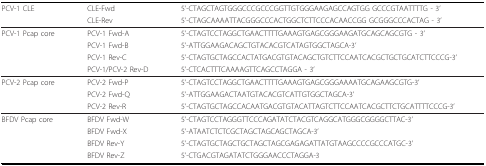
| PCV-1 CLE | CLE-Fwd | 5'-CTAGCTAGTGGGCCCGCCCGGTTGTGGGAAGAGCCAGTGG GCCCGTAATTTTG - 3' |
 |  | CLE-Rev | 5'-CTAGCAAAATTACGGGCCCACTGGCTCTTCCCACAACCGG GCGGGCCCACTAG - 3' |
 | --- | --- | --- |
 | PCV-1 Pcap core | PCV-1 Fwd-A | 5'-CTAGTCCTAGGCTGAACTTTTGAAAGTGAGCGGGAAGATGCAGCAGCGTG - 3' |
 |  | PCV-1 Fwd-B | 5'-ATTGGAAGACAGCTGTACACGTCATAGTGGCTAGCA-3' |
 |  | PCV-1 Rev-C | 5'-CTAGTGCTAGCCACTATGACGTGTACAGCTGTCTTCCAATCACGCTGCTGCATCTTCCCG-3' |
 |  | PCV-1/PCV-2 Rev-D | 5'-CTCACTTTCAAAAGTTCAGCCTAGGA - 3' |
 | PCV-2 Pcap core | PCV-2 Fwd-P | 5'-CTAGTCCTAGGCTGAACTTTTGAAAGTGAGCGGGAAAATGCAGAAGCGTG-3' |
 |  | PCV-2 Fwd-Q | 5'-ATTGGAAGACTAATGTACACGTCATTGTGGCTAGCA-3' |
 |  | PCV-2 Rev-R | 5'-CTAGTGCTAGCCACAATGACGTGTACATTAGTCTTCCAATCACGCTTCTGCATTTTCCCG-3' |
 | BFDV Pcap core | BFDV Fwd-W | 5'-CTAGTCCTAGGGTTCCCAGATATCTACGTCAGGCATGGGCGGGGCTTAC-3' |
 |  | BFDV Fwd-X | 5'-ATAATCTCTCGCTAGCTAGCAGCTAGCA-3' |
 |  | BFDV Rev-Y | 5'-CTAGTGCTAGCTGCTAGCTAGCGAGAGATTATGTAAGCCCCGCCCATGC-3' |
 |  | BFDV Rev-Z | 5'-CTGACGTAGATATCTGGGAACCCTAGGA-3 |